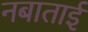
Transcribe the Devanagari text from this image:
नबाताई